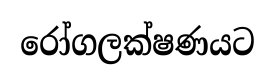
රෝගලක්ෂණයට